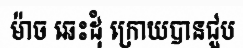
ម៉ាច ឆេះដុំ ក្រោយបានជួប